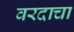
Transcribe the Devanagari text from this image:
वरदाचा